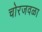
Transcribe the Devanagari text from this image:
चोरजवळा